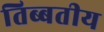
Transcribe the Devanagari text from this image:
तिब्बतीय